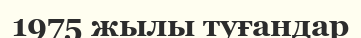
1975 жылы туғандар